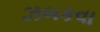
ઝબકવા